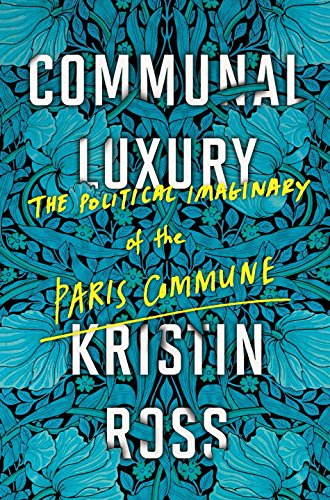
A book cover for Communal Luxury: The Political Imaginary of the Paris Commune; Kristin Ross; History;